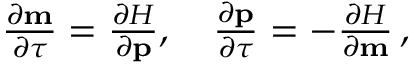
\begin{array} { r } { \frac { \partial \mathbf { m } } { \partial \tau } = \frac { \partial H } { \partial \mathbf { p } } , \quad \frac { \partial \mathbf { p } } { \partial \tau } = - \frac { \partial H } { \partial \mathbf { m } } \, , } \end{array}